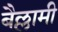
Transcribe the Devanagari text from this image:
बैल्लामी